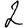
Digit: 2